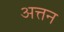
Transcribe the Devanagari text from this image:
अत्तन